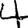
Digit: 4